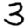
Digit: 3